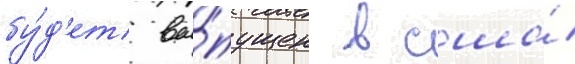
бу́д'ет вы́пущен в сша́